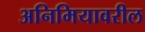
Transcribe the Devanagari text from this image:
अनिमियावरील